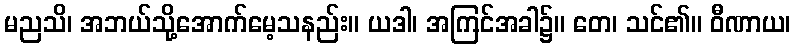
မညသိ၊ အဘယ်သို့အောက်မေ့သနည်း။ ယဒါ၊ အကြင်အခါ၌။ တေ၊ သင်၏။ ဝီဏာယ၊